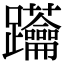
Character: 𨈅